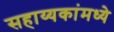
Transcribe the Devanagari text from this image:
सहाय्यकांमध्ये